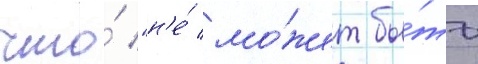
что́ "н'е́ мо́жет бы́ть